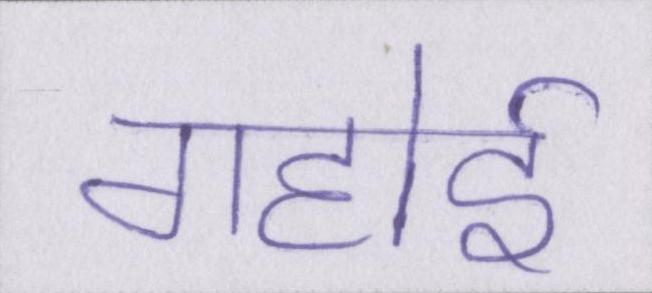
गहोई